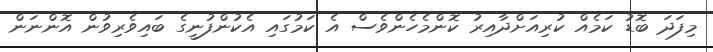
މިފަދަ ބޮޑު ކަމެއް ކުރިއަށްދާއިރު ކޮންމެހެންވެސް އެ ކަމުގައި އެކުންފުނީގެ ބައިވެރިވުން އޮންނަން